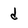
Character: d